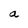
Character: a